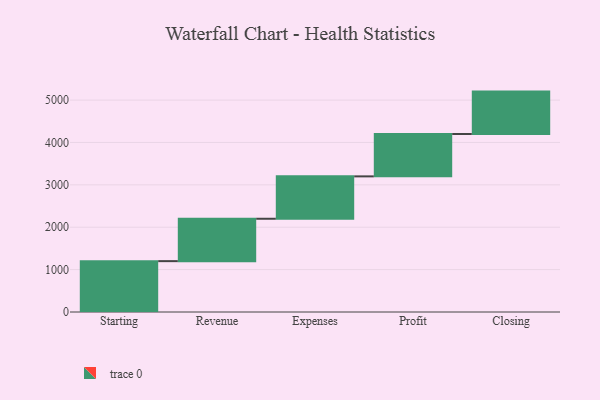
{"axis": {"x": "Step", "y": "Value"}, "legend": [""], "data": [{"x": "Starting", "y": 1200.0, "type": ""}, {"x": "Revenue", "y": 1000, "type": ""}, {"x": "Expenses", "y": 1000, "type": ""}, {"x": "Profit", "y": 1000, "type": ""}, {"x": "Closing", "y": 1000, "type": ""}]}